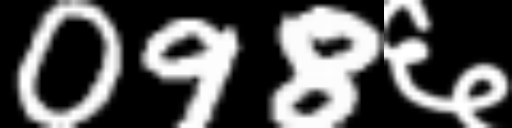
Text: 098६